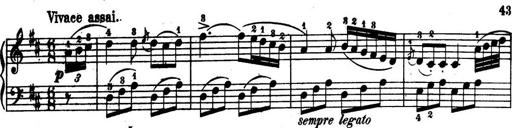
Title: 32 Sonatinas and Rondos for the Piano
Composer: Richard Kleinmichel